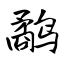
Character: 鹬